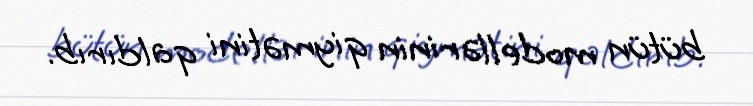
bütün modellərinin qiymətini qaldırıb.